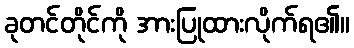
ခုတင်တိုင်ကို အားပြုထားလိုက်ရ၏။